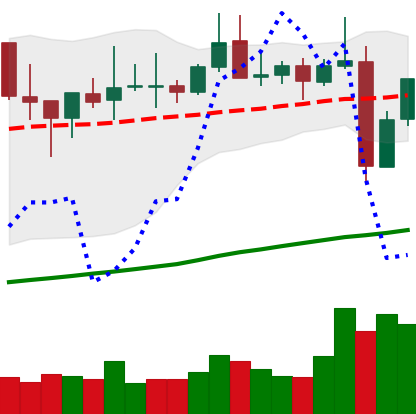
Ticker: TRX-USD
Chart end date: 2021-10-29
Forward return: 6.46%
Label: up_5_7